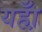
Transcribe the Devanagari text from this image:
यहा़ँ